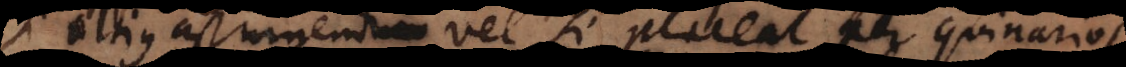
si altius assurgendum, vel si placeat per quinarios